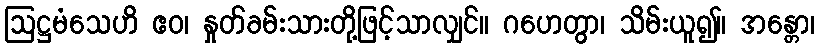
ဩဋ္ဌမံသေဟိ ဧဝ၊ နှုတ်ခမ်းသားတို့ဖြင့်သာလျှင်။ ဂဟေတွာ၊ သိမ်းယူ၍။ အန္တော၊